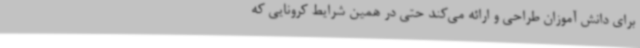
برای دانش آموزان طراحی و ارائه می‌کند حتی در همین شرایط کرونایی که